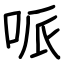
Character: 哌